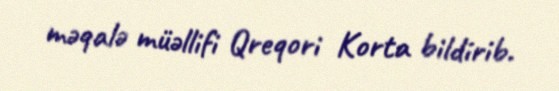
məqalə müəllifi Qreqori Korta bildirib.